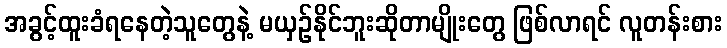
အခွင့်ထူးခံရနေတဲ့သူတွေနဲ့ မယှဉ်နိုင်ဘူးဆိုတာမျိုးတွေ ဖြစ်လာရင် လူတန်းစား